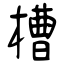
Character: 槽